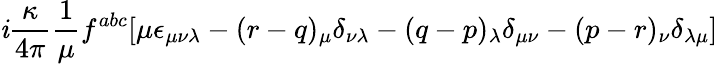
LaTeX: \mathit{i}\frac{{\kappa}}{{4\pi}}\frac{{1}}{{\mu}}f^{abc}[\mu\epsilon_{\mu\nu\lambda}-(r-q)_{\mu}\delta_{\nu\lambda}-(q-p)_{\lambda}\delta_{\mu\nu}-(p-r)_{\nu}\delta_{\lambda\mu}]